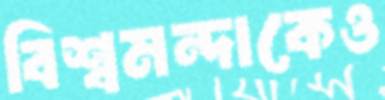
বিশ্বমন্দাকেও